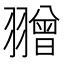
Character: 𦒗